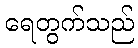
ရေတွက်သည်